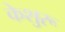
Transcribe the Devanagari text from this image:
केशुरू